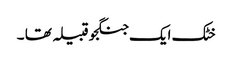
خٹک ایک جنگجو قبیلہ تھا ۔